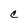
Character: C